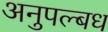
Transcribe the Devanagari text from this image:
अनुपल्बध